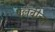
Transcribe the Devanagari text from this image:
पल्लवीचा